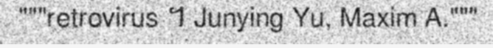
"""retrovirus ។ Junying Yu, Maxim A."""